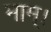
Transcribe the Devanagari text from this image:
माम्।